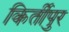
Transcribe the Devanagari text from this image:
किर्तीपुर